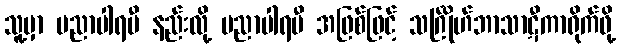
သူ့မှာ ပညာပါရမီ နည်းလို့ ပညာပါရမီ အဖြစ်ဖြင့် သင်္ဂြိုဟ်ဘာသာဋီကာရိုက်ဖို့